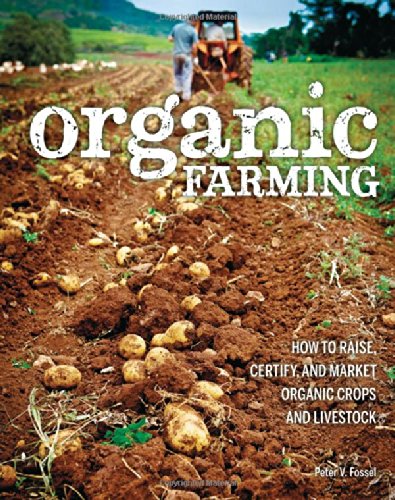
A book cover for Organic Farming: How to Raise, Certify, and Market Organic Crops and Livestock; Peter V. Fossel; Crafts, Hobbies & Home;